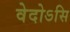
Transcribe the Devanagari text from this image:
वेदोऽसि